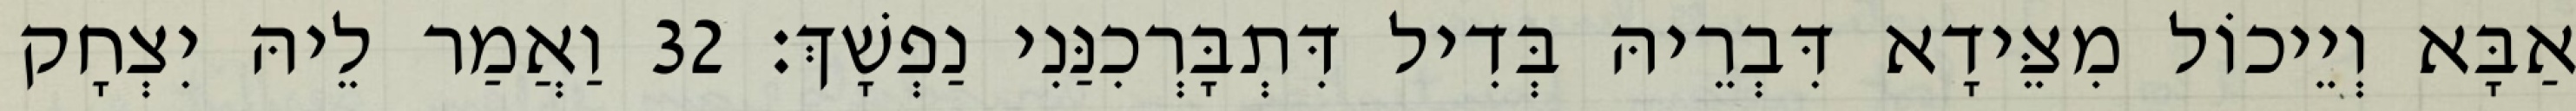
אַבָּא וְיֵיכוֹל מִצֵּידָא דִּבְרֵיהּ בְּדִיל דִּתְבָּרְכִנַּנִי נַפְשָׁךְ׃ 32 וַאֲמַר לֵיהּ יִצְחָק